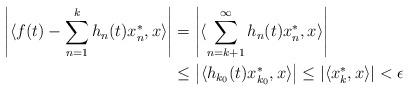
LaTeX: \begin{align*}\left|\langle f(t)-\sum\limits_{n=1}^{k}h_{n}(t)x_{n}^{*},x\rangle\right|&=\left|\langle\sum\limits_{n=k+1}^{\infty}h_{n}(t)x_{n}^{*},x\rangle\right|\\&\leq \left|\langle h_{k_{0}}(t)x_{k_{0}}^{*},x\rangle\right|\leq \left|\langle x_{k}^{*},x\rangle\right|<\epsilon\end{align*}